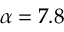
\alpha = 7 . 8